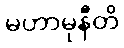
မဟာမုနီတိ